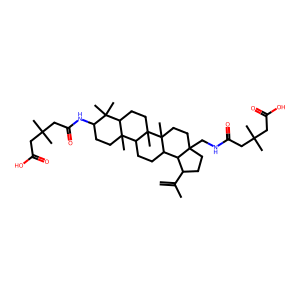
SMILES: C=C(C)C1CCC2(CNC(=O)CC(C)(C)CC(=O)O)CCC3(C)C(CCC4C5(C)CCC(NC(=O)CC(C)(C)CC(=O)O)C(C)(C)C5CCC43C)C12
Inhibits HIV replication: No